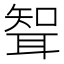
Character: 聟